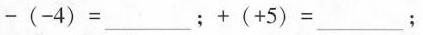
-(-4)=_______；+(+5)=____；